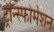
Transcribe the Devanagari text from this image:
ट्रांन्स्फोर्मेशन